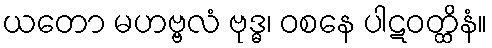
ယတော မဟဗ္ဗလံ ဗုဒ္ဓ၊ ဝစနေ ပါဋဝတ္ထိနံ။